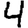
Digit: 4